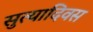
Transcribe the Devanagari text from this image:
सुत्यादिवस